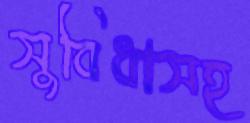
সুবিধাসহ